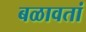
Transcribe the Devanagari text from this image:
बळावतां